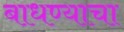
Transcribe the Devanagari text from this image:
बाधण्याचा